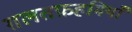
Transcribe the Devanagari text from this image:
ग़लतफ़हमियाँ